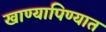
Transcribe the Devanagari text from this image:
खाण्यापिण्यात